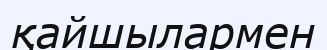
қайшылармен